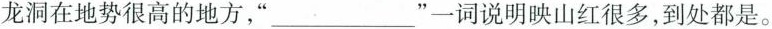
龙洞在地势很高的地方，”____”一词说明映山红很多，到处都是。